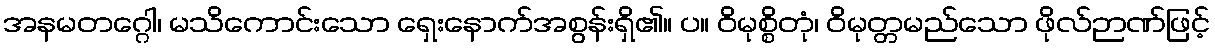
အနမတဂ္ဂေါ၊ မသိကောင်းသော ရှေးနောက်အစွန်းရှိ၏။ ပ။ ဝိမုစ္စိတုံ၊ ဝိမုတ္တမည်သော ဖိုလ်ဉာဏ်ဖြင့်